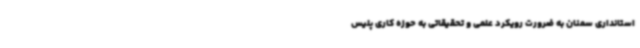
استانداری سمنان به ضرورت رویکرد علمی و تحقیقاتی به حوزه کاری پلیس